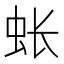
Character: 𫊪